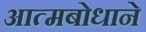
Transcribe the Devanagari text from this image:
आत्मबोधाने